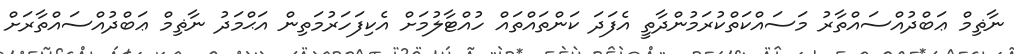
ނާޡިމް ޢަބްދުއްސައްތާރު މަސައްކަތްކުރަމުންދާތީ އެފަދަ ކަންތައްތައް ހުއްޓާލުމަށް އެކިފަހަރުމަތިން އަޙްމަދު ނާޡިމް ޢަބްދުއްސައްތާރަށް